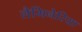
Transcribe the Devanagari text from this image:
लैमिनेरिया